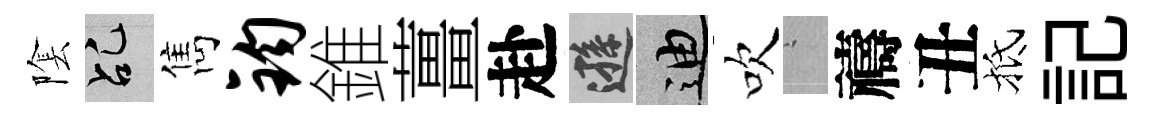
隂乩雋钧錐薑赴遜迪吹搖禱丑抵記